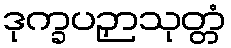
ဒုက္ခပဉှာသုတ္တံ